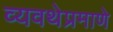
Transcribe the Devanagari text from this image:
व्यवथेप्रमाणे